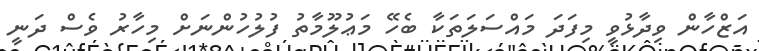
އަޒްހާން ވިދާޅުވީ މިފަދަ މައްސަލަތަކާ ބެހޭ މަޢުލޫމާތު ފުލުހުންނަށް މިހާރު ވެސް ދަނީ